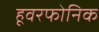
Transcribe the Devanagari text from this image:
हूवरफोनिक